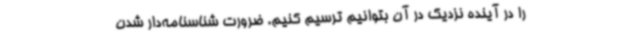
را در آینده نزدیک در آن بتوانیم ترسیم کنیم. ضرورت شناسنامه‌دار شدن